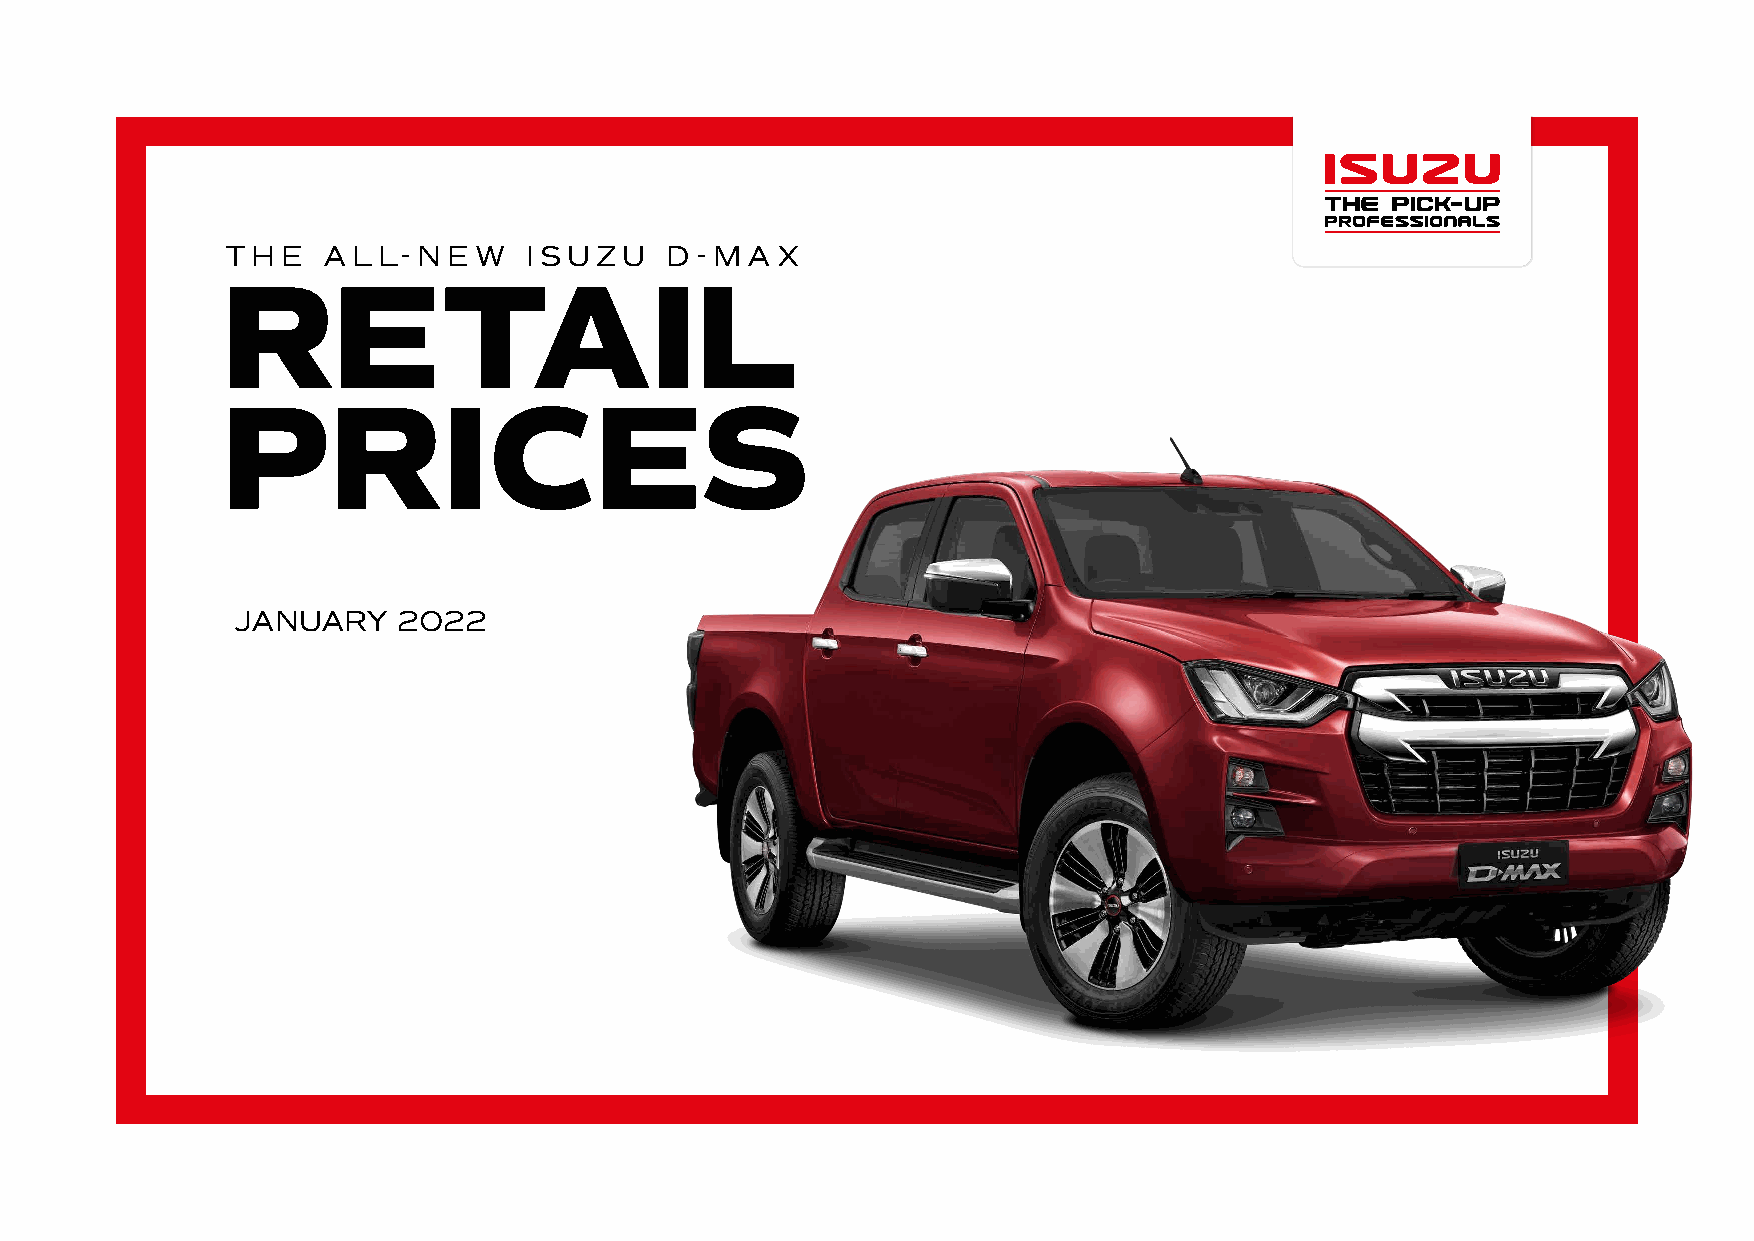
THE   ALL-   NEW    ISUZU    D - MA X
 RETAIL
 PRICES
 JANUARY   2022